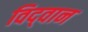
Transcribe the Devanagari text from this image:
विद्‌वान